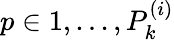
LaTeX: p\in{1,...,P_{k}^{(i)}}